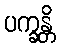
ပက္ခန္တိ